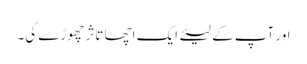
اور آپ کے لیئے ایک اچھا تاثر چھوڑے گی۔